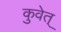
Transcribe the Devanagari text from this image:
कुवेत्